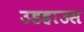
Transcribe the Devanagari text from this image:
उडहाउस